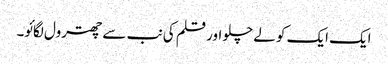
ایک ایک کو لے چلو اور قلم کی نب سے چھترول لگائو۔